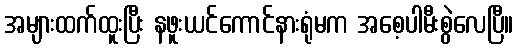
အများထက်ထူးပြီး နဖူးယင်ကောင်နားရုံမက အစေ့ပါမီးစွဲလေပြီ။